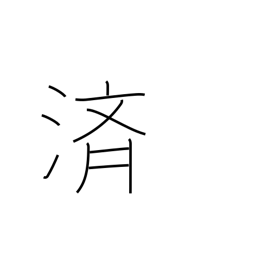
Meaning: relieve (burden)